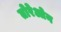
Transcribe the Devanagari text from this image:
तोरेओन